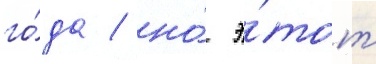
го́да / но́ э́тот